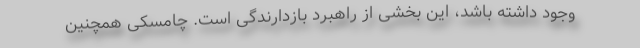
وجود داشته باشد، این بخشی از راهبرد بازدارندگی است. چامسکی همچنین